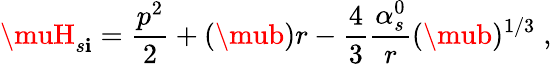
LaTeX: \muH_{s\mathbf{i}}={\frac{{p^{2}}}{{2}}}+(\mub)r-{\frac{{4}}{{3}}}{\frac{{\alpha_{s}^{0}}}{{r}}}(\mub)^{1/3}\; ,